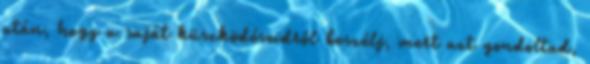
után, hogy a saját küszködéseidről beszélj, mert azt gondoltad,